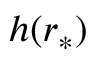
h ( r _ { * } )